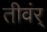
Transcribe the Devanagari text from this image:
तीवंर्